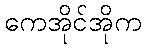
ကေအိုင်အိုက